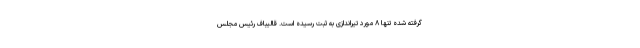
گرفته شده تنها ۸ مورد تیراندازی به ثبت رسیده است. قالیباف رئیس مجلس